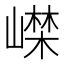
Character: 𡼨